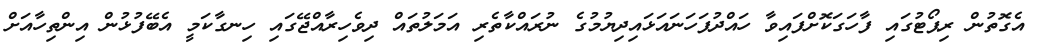
އެގޮތުން ރިޕޯޓުގައި ފާހަގަކޮށްފައިވާ ހައްދުފަހަނައަޅައިދިޔުމުގެ ނުރައްކާތެރި އަމަލުތައް ދިވެހިރާއްޖޭގައި ހިނގާކަމީ އެބޭފުޅުން އިންތިހާއަށް